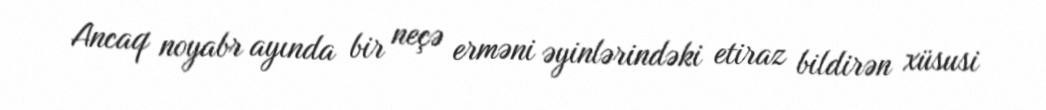
Ancaq noyabr ayında bir neçə erməni əyinlərindəki etiraz bildirən xüsusi